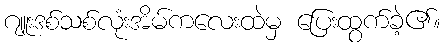
ဂျူးဒစ်သစ်လုံးအိမ်ကလေးထဲမှ ပြေးထွက်ခဲ့၏။